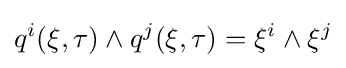
q^{i}(\xi ,\tau )\wedge q^{j}(\xi ,\tau )=\xi ^{i}\wedge \xi ^{j}